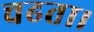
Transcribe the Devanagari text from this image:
चढता।